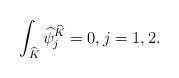
\begin{align*}\int_{\widehat{K}}\widehat{\psi}_j^{\widehat{K}}=0,j=1,2.\end{align*}